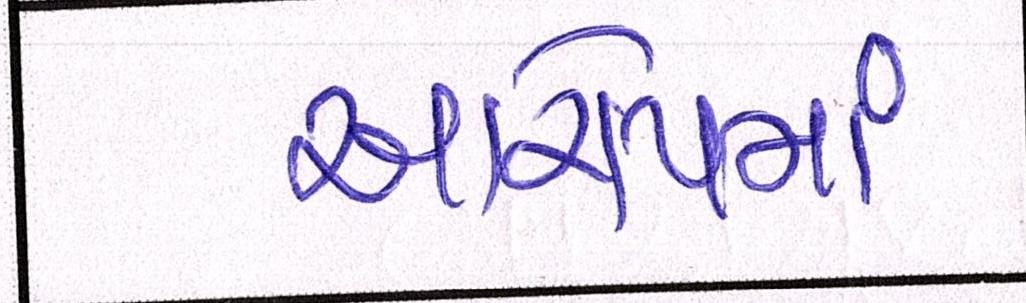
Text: આરોપમાં